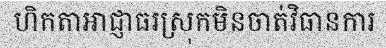
ហិកតាអាជ្ញាធរស្រុកមិនចាត់វិធានការ